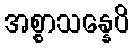
အစ္စာသန္နေပိ